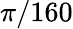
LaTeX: \pi/160